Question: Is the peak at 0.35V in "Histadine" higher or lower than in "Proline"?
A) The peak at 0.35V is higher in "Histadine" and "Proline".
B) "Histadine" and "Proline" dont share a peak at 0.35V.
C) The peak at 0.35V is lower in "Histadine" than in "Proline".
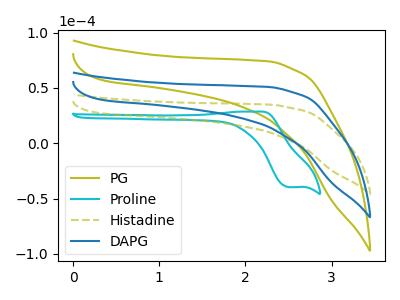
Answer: <think>The olive curve "PG" has no peaks. The cyan curve "Proline" has an anodic peak at (2.15V, 28.65uA) and a cathodic peak at (2.50V, -39.65uA). The olive dashed curve "Histadine" has no peaks. The blue curve "DAPG" has no peaks.</think>
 <answer>B) "Histadine" and "Proline" dont share a peak at 0.35V.</answer>
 <eval>B</eval>